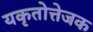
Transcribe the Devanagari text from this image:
यकृतोत्तेजक